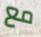
مع